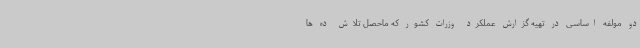
دو مولفه اساسی در تهیه گزارش عملکرد وزرات کشور که ماحصل تلاش ده ها